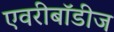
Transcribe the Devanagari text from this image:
एवरीबॉडीज